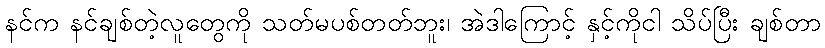
နင်က နင်ချစ်တဲ့လူတွေကို သတ်မပစ်တတ်ဘူး၊ အဲဒါကြောင့် နှင့်ကိုငါ သိပ်ပြီး ချစ်တာ